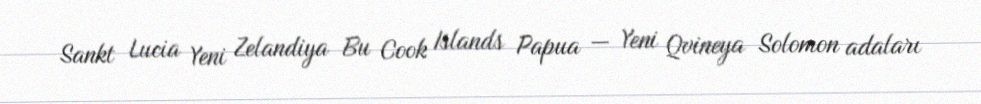
Sankt Lucia Yeni Zelandiya Bu Cook Islands Papua — Yeni Qvineya Solomon adaları